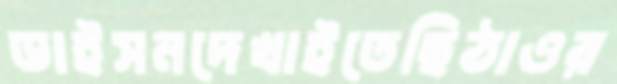
ডাইসনদেখাইতেছিঠাওর